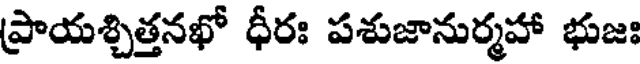
ప్రాయశ్చిత్తనఖో ధీరః పశుజానుర్మహా భుజః